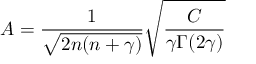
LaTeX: A = { \frac { 1 } { \sqrt { 2 n ( n + \gamma ) } } } { \sqrt { \frac { C } { \gamma \Gamma ( 2 \gamma ) } } }